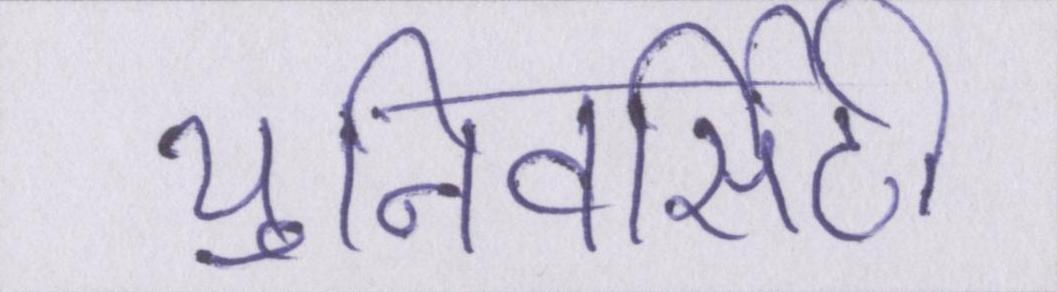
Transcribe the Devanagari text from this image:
युनिवर्सिटी